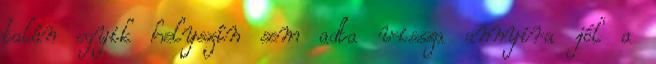
talán egyik helyszín sem adta vissza annyira jól a